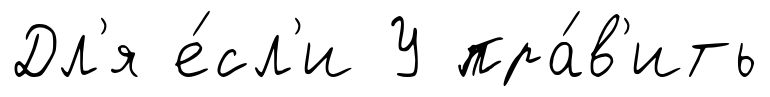
Дл'я е́сл'и У пра́в'ить